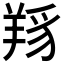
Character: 𦎋